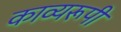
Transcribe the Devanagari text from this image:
काव्यरूपी